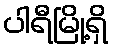
ပါရီမြို့ရှိ